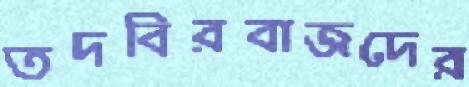
তদবিরবাজদের